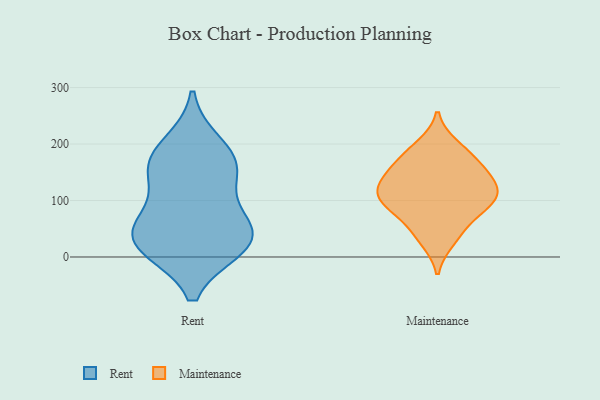
{"axis": {"x": "Backlog", "y": "Value"}, "legend": ["Maintenance", "Rent"], "data": [{"x": "", "y": 160, "type": "Rent"}, {"x": "", "y": 199, "type": "Rent"}, {"x": "", "y": 77, "type": "Rent"}, {"x": "", "y": 25, "type": "Rent"}, {"x": "", "y": 18, "type": "Rent"}, {"x": "", "y": 17, "type": "Rent"}, {"x": "", "y": 58, "type": "Rent"}, {"x": "", "y": 155, "type": "Rent"}, {"x": "", "y": 159, "type": "Rent"}, {"x": "", "y": 38, "type": "Rent"}, {"x": "", "y": 103, "type": "Maintenance"}, {"x": "", "y": 115, "type": "Maintenance"}, {"x": "", "y": 137, "type": "Maintenance"}, {"x": "", "y": 77, "type": "Maintenance"}, {"x": "", "y": 111, "type": "Maintenance"}, {"x": "", "y": 46, "type": "Maintenance"}, {"x": "", "y": 138, "type": "Maintenance"}, {"x": "", "y": 197, "type": "Maintenance"}, {"x": "", "y": 183, "type": "Maintenance"}, {"x": "", "y": 29, "type": "Maintenance"}, {"x": "", "y": 89, "type": "Maintenance"}, {"x": "", "y": 165, "type": "Maintenance"}, {"x": "", "y": 103, "type": "Maintenance"}, {"x": "", "y": 153, "type": "Maintenance"}]}